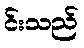
င်းသည်